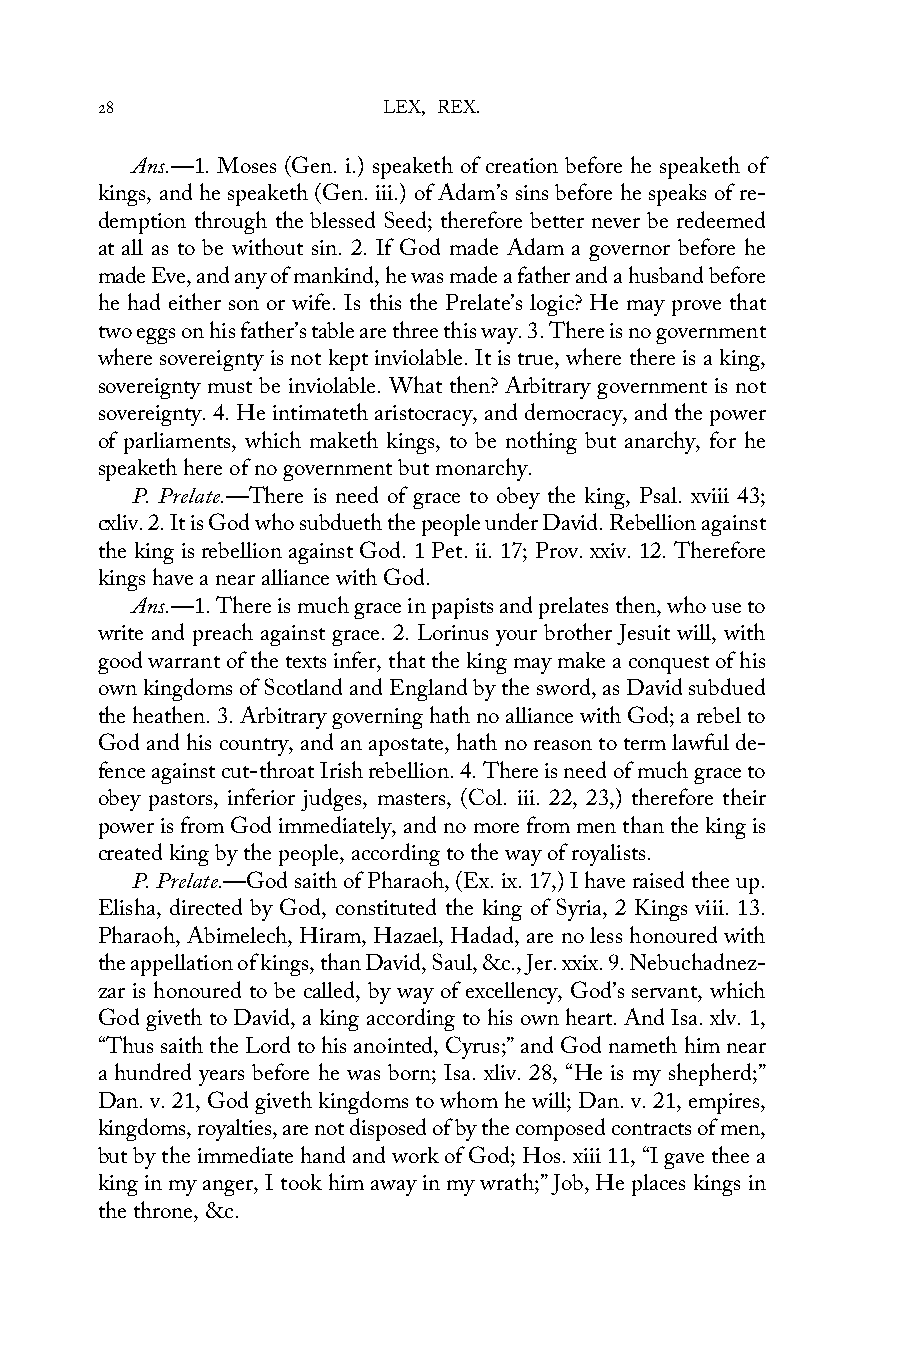
28                 LEX, REX.
 Ans.—1. Moses (Gen. i.) speaketh of creation before he speaketh of
 kings, and he speaketh (Gen. iii.) of Adam’s sins before he speaks of re-
 demption through the blessed Seed; therefore better never be redeemed
 at all as to be without sin. 2. If God made Adam a governor before he
 made Eve, and any of mankind, he was made a father and a husband before
 he had either son or wife. Is this the Prelate’s logic? He may prove that
 two eggs on his father’s table are three this way. 3. There is no government
 where sovereignty is not kept inviolable. It is true, where there is a king,
 sovereignty must be inviolable. What then? Arbitrary government is not
 sovereignty. 4. He intimateth aristocracy, and democracy, and the power
 of parliaments, which maketh kings, to be nothing but anarchy, for he
 speaketh here of no government but monarchy.
 P. Prelate.—There is need of grace to obey the king, Psal. xviii 43;
 cxliv. 2. It is God who subdueth the people under David. Rebellion against
 the king is rebellion against God. 1 Pet. ii. 17; Prov. xxiv. 12. Therefore
 kings have a near alliance with God.
 Ans.—1. There is much grace in papists and prelates then, who use to
 write and preach against grace. 2. Lorinus your brother Jesuit will, with
 good warrant of the texts infer, that the king may make a conquest of his
 own kingdoms of Scotland and England by the sword, as David subdued
 the heathen. 3. Arbitrary governing hath no alliance with God; a rebel to
 God and his country, and an apostate, hath no reason to term lawful de-
 fence against cut-throat Irish rebellion. 4. There is need of much grace to
 obey pastors, inferior judges, masters, (Col. iii. 22, 23,) therefore their
 power is from God immediately, and no more from men than the king is
 created king by the people, according to the way of royalists.
 P. Prelate.—God saith of Pharaoh, (Ex. ix. 17,) I have raised thee up.
 Elisha, directed by God, constituted the king of Syria, 2 Kings viii. 13.
 Pharaoh, Abimelech, Hiram, Hazael, Hadad, are no less honoured with
 the appellation of kings, than David, Saul, &c., Jer. xxix. 9. Nebuchadnez-
 zar is honoured to be called, by way of excellency, God’s servant, which
 God giveth to David, a king according to his own heart. And Isa. xlv. 1,
 “Thus saith the Lord to his anointed, Cyrus;” and God nameth him near
 a hundred years before he was born; Isa. xliv. 28, “He is my shepherd;”
 Dan. v. 21, God giveth kingdoms to whom he will; Dan. v. 21, empires,
 kingdoms, royalties, are not disposed of by the composed contracts of men,
 but by the immediate hand and work of God; Hos. xiii 11, “I gave thee a
 king in my anger, I took him away in my wrath;” Job, He places kings in
 the throne, &c.